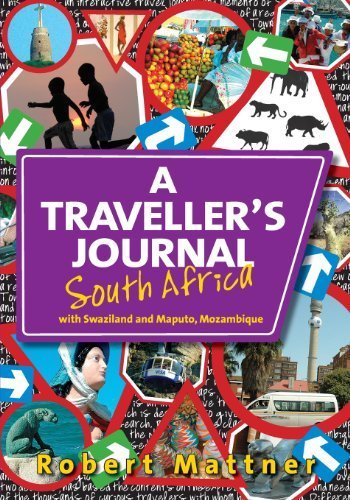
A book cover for A Traveller's Journal South Africa: with Swaziland and Maputo, Mozambique by Mattner, Mr Robert C (2012) Paperback; Mr Robert C Mattner; Travel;